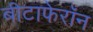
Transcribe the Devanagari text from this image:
बीटाफेरॉन